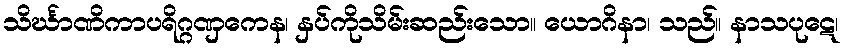
သိင်္ဃာဏိကာပရိဂ္ဂဏှကေန၊ နှပ်ကိုသိမ်းဆည်းသော။ ယောဂိနာ၊ သည်။ နာသပုဋေ၊